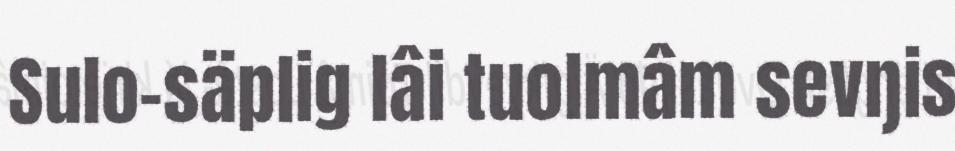
Sulo-säplig lâi tuolmâm sevŋis